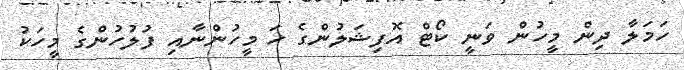
ހަމަލާ ދިން މީހުން ވަނީ ކޯޓް އޮފިޝަލުންގެ ހަ މީހުންނާއި ފުލުހުންގެ މީހަކު